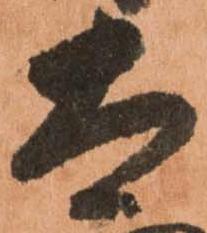
太